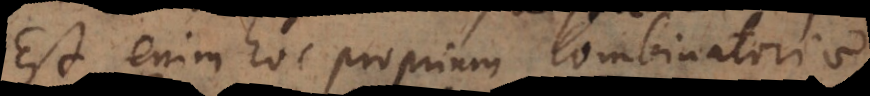
Est enim hoc proprium combinatoriae